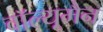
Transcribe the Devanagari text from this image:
वॉल्यूमैन